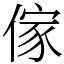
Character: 傢